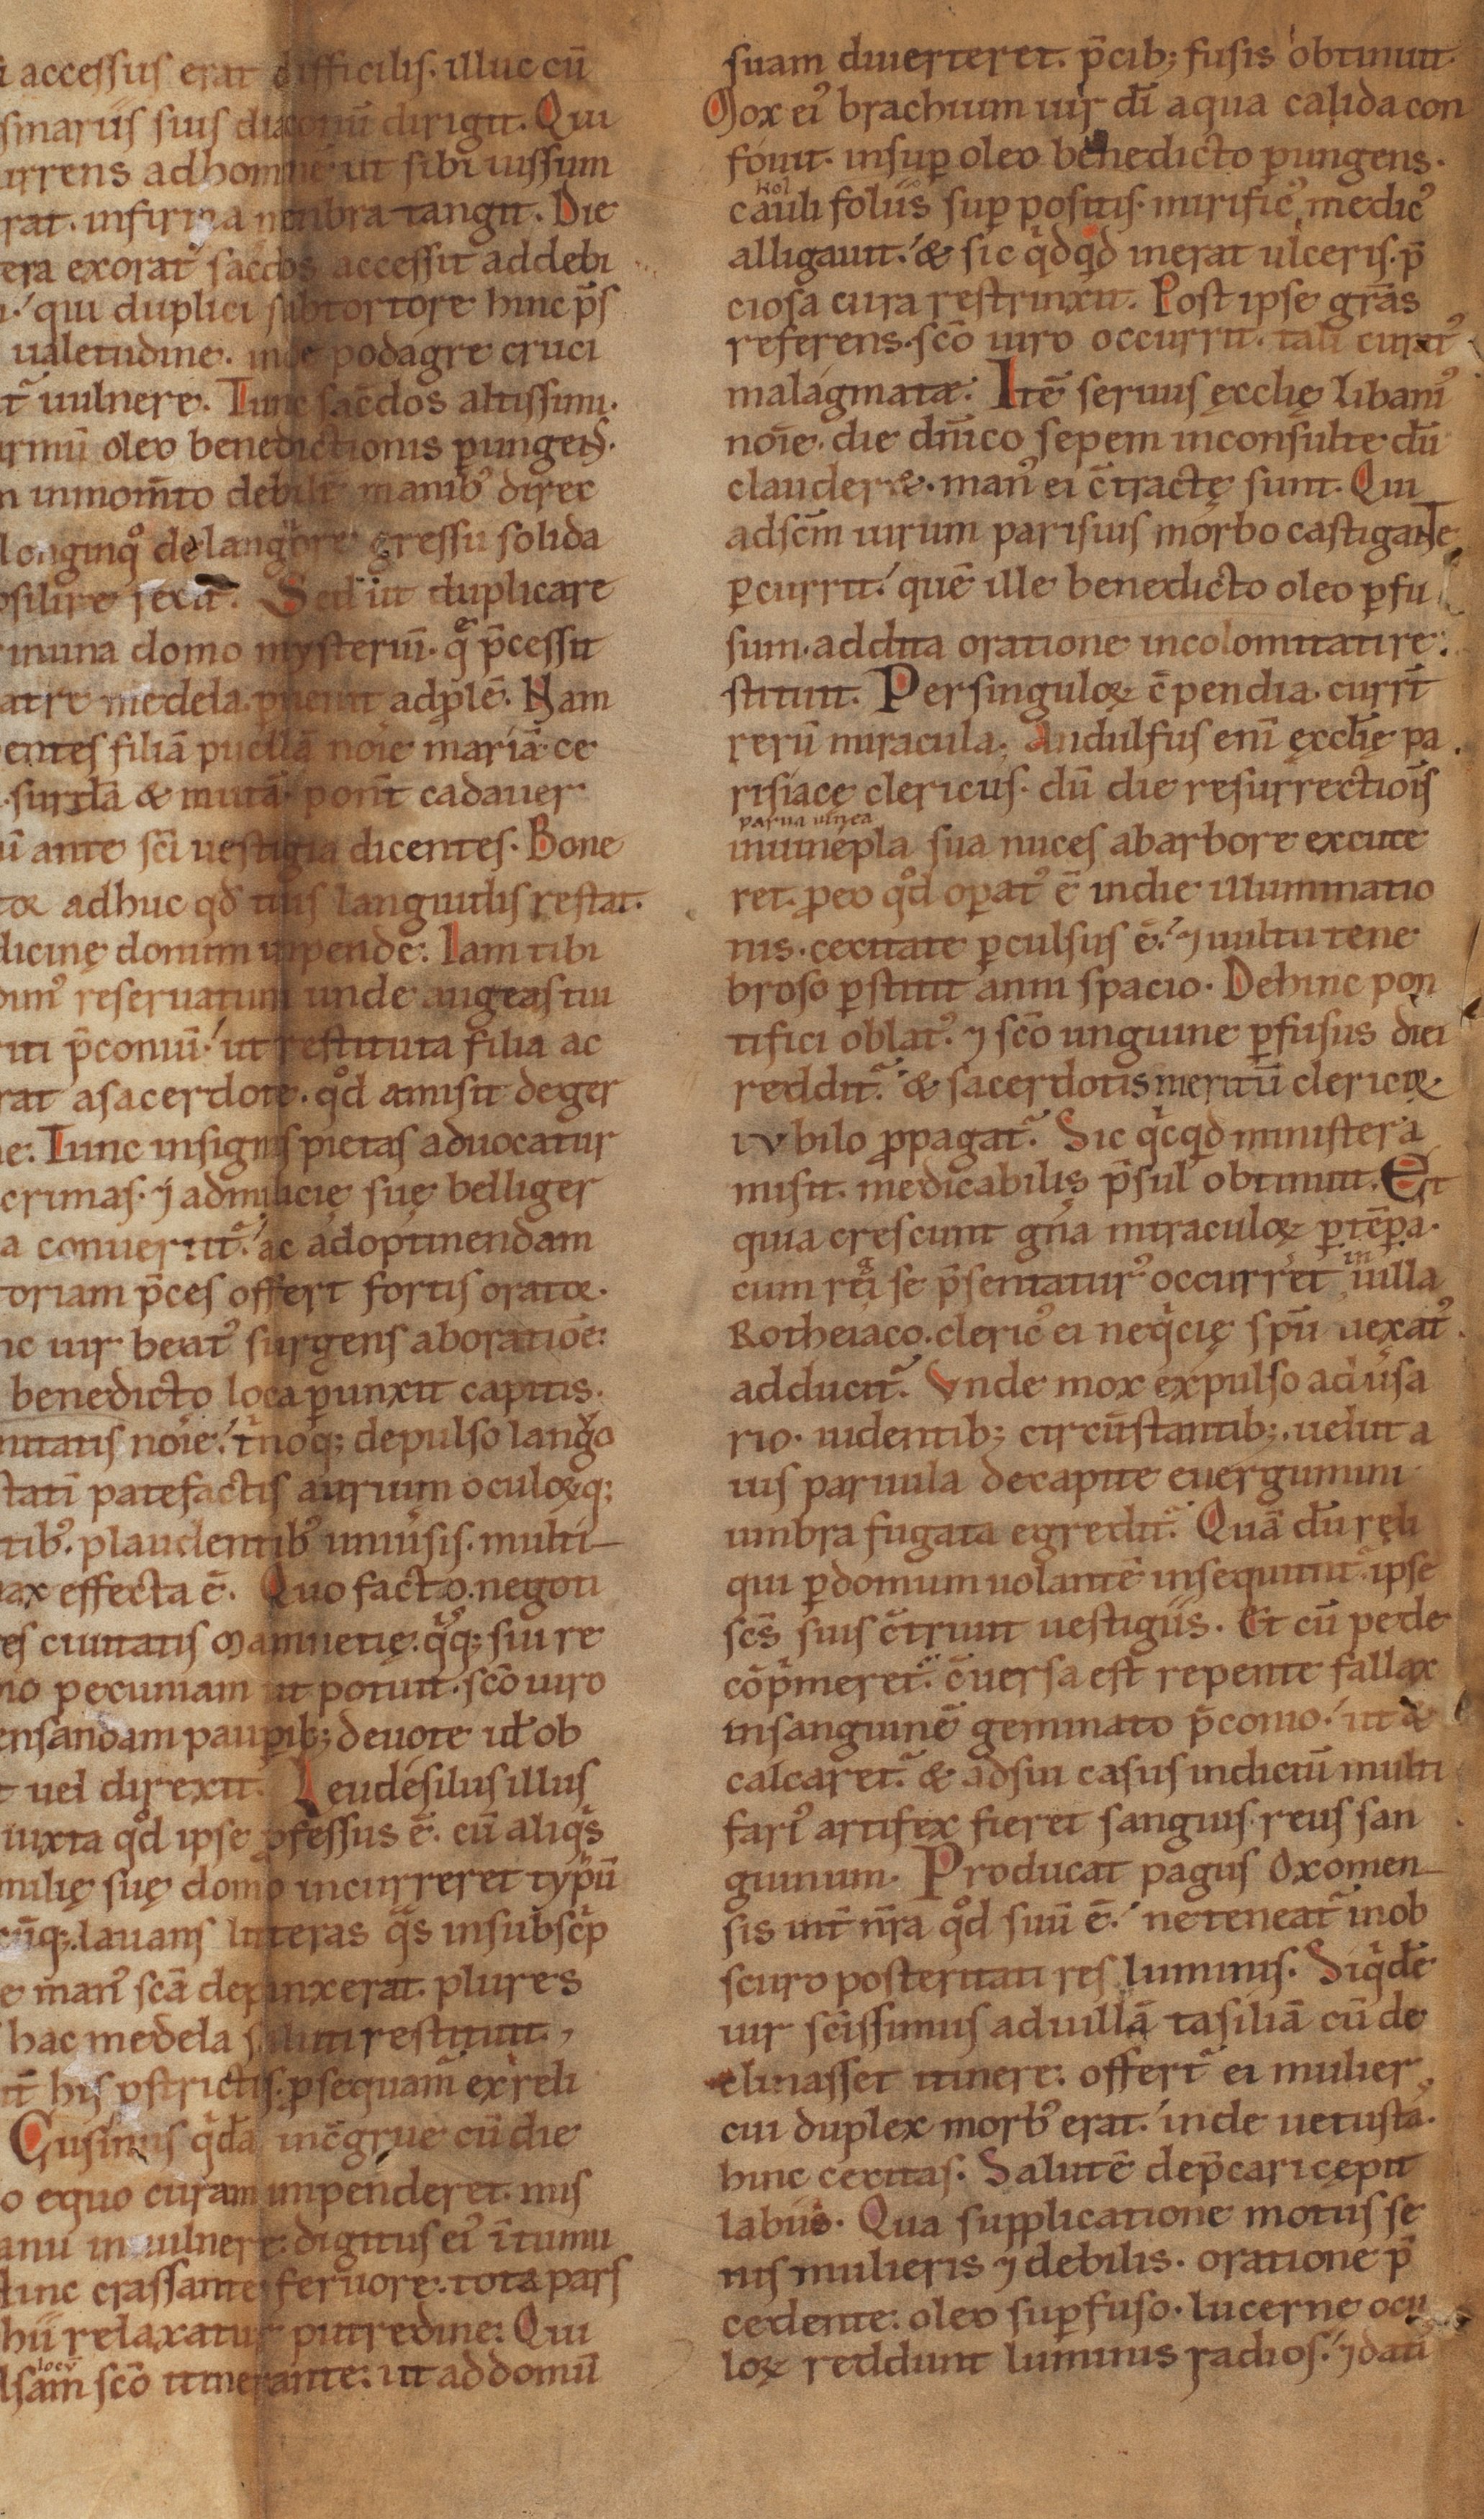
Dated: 1140–1170